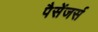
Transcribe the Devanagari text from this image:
पैसेंजर्स